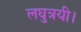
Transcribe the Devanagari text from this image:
लघुत्रयी।